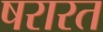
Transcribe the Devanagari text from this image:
षरारत